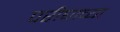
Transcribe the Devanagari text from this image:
परीघाच्या